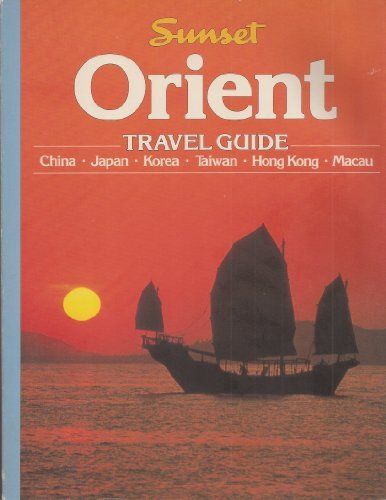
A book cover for Orient Travel Guide; Sunset Books; Travel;